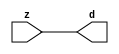

//------> /package/eda/mg/Catapult_10.3d/Mgc_home/pkgs/siflibs/mgc_in_wire_v2.v 
//------------------------------------------------------------------------------
// Catapult Synthesis - Sample I/O Port Library
//
// Copyright (c) 2003-2017 Mentor Graphics Corp.
//       All Rights Reserved
//
// This document may be used and distributed without restriction provided that
// this copyright statement is not removed from the file and that any derivative
// work contains this copyright notice.
//
// The design information contained in this file is intended to be an example
// of the functionality which the end user may study in preparation for creating
// their own custom interfaces. This design does not necessarily present a 
// complete implementation of the named protocol or standard.
//
//------------------------------------------------------------------------------


module mgc_in_wire_v2 (d, z);

  parameter integer rscid = 1;
  parameter integer width = 8;

  output [width-1:0] d;
  input  [width-1:0] z;

  wire   [width-1:0] d;

  assign d = z;

endmodule


//------> /package/eda/mg/Catapult_10.3d/Mgc_home/pkgs/siflibs/ccs_in_v1.v 
//------------------------------------------------------------------------------
// Catapult Synthesis - Sample I/O Port Library
//
// Copyright (c) 2003-2017 Mentor Graphics Corp.
//       All Rights Reserved
//
// This document may be used and distributed without restriction provided that
// this copyright statement is not removed from the file and that any derivative
// work contains this copyright notice.
//
// The design information contained in this file is intended to be an example
// of the functionality which the end user may study in preparation for creating
// their own custom interfaces. This design does not necessarily present a 
// complete implementation of the named protocol or standard.
//
//------------------------------------------------------------------------------


module ccs_in_v1 (idat, dat);

  parameter integer rscid = 1;
  parameter integer width = 8;

  output [width-1:0] idat;
  input  [width-1:0] dat;

  wire   [width-1:0] idat;

  assign idat = dat;

endmodule


//------> /package/eda/mg/Catapult_10.3d/Mgc_home/pkgs/siflibs/ccs_out_v1.v 
//------------------------------------------------------------------------------
// Catapult Synthesis - Sample I/O Port Library
//
// Copyright (c) 2003-2015 Mentor Graphics Corp.
//       All Rights Reserved
//
// This document may be used and distributed without restriction provided that
// this copyright statement is not removed from the file and that any derivative
// work contains this copyright notice.
//
// The design information contained in this file is intended to be an example
// of the functionality which the end user may study in preparation for creating
// their own custom interfaces. This design does not necessarily present a 
// complete implementation of the named protocol or standard.
//
//------------------------------------------------------------------------------

module ccs_out_v1 (dat, idat);

  parameter integer rscid = 1;
  parameter integer width = 8;

  output   [width-1:0] dat;
  input    [width-1:0] idat;

  wire     [width-1:0] dat;

  assign dat = idat;

endmodule




//------> /package/eda/mg/Catapult_10.3d/Mgc_home/pkgs/siflibs/mgc_io_sync_v2.v 
//------------------------------------------------------------------------------
// Catapult Synthesis - Sample I/O Port Library
//
// Copyright (c) 2003-2017 Mentor Graphics Corp.
//       All Rights Reserved
//
// This document may be used and distributed without restriction provided that
// this copyright statement is not removed from the file and that any derivative
// work contains this copyright notice.
//
// The design information contained in this file is intended to be an example
// of the functionality which the end user may study in preparation for creating
// their own custom interfaces. This design does not necessarily present a 
// complete implementation of the named protocol or standard.
//
//------------------------------------------------------------------------------


module mgc_io_sync_v2 (ld, lz);
    parameter valid = 0;

    input  ld;
    output lz;

    wire   lz;

    assign lz = ld;

endmodule


//------> /package/eda/mg/Catapult_10.3d/Mgc_home/pkgs/ccs_altera/hdl/M10K_DP.v 
// Memory Type:            M10K
// Operating Mode:         Simple Dual Port (2-PORT)
// Clock Mode:             Single Clock

// RTL Code RW Resolution: write-thru 
// Hardware RW Resolution: dont care 
// Catapult RW Resolution: unknown 

// HDL Work Library:       Altera_RAMS_lib
// Component Name:         M10K_DP

module M10K_DP
#(
  parameter data_width = 8,
  parameter addr_width = 7,
  parameter depth = 128 
)(
  clk, adra, adrb, wea, web, da, db, rea, reb, qa, qb
);

  input clk;                     // Rising edge clock
  input [addr_width-1:0] adra;   // Port A - Address
  input [addr_width-1:0] adrb;   // Port B - Address
  input wea;                     // Port A - Write-enable active high
  input web;                     // Port B - Write-enable active high
  input [data_width-1:0] da;     // Port A - Data In
  input [data_width-1:0] db;     // Port B - Data In
  input rea;                     // Port A - Read-enable active high
  input reb;                     // Port B - Read-enable active high
  output[data_width-1:0] qa;     // Port A - Data Out
  output[data_width-1:0] qb;     // Port B - Data Out

  reg [data_width-1:0] qa;
  reg [data_width-1:0] qb;

  (* ramstyle = "no_rw_check, M10K" *)
  reg [data_width-1:0] mem [depth-1:0]; /* synthesis syn_ramstyle = "no_rw_check, M10K" */

  always @(posedge clk) begin
    if (wea) begin
      mem[adra] <= da;
    end
    if (rea) begin
      qa <= mem[adra];
    end
  end

  always @(posedge clk) begin
    if (web) begin
      mem[adrb] <= db;
    end
    if (reb) begin
      qb <= mem[adrb] ;
    end
  end

endmodule


//------> ./rtl.v 
// ----------------------------------------------------------------------
//  HLS HDL:        Verilog Netlister
//  HLS Version:    10.3d/815731 Production Release
//  HLS Date:       Wed Apr 24 14:54:19 PDT 2019
// 
//  Generated by:   695r48@ecegrid-thin4.ecn.purdue.edu
//  Generated date: Wed Nov 10 15:44:16 2021
// ----------------------------------------------------------------------

// 
// ------------------------------------------------------------------
//  Design Unit:    fir_Altera_M10K_M10K_DP_rwport_4_16_5_32_32_16_gen
// ------------------------------------------------------------------


module fir_Altera_M10K_M10K_DP_rwport_4_16_5_32_32_16_gen (
  qb, reb, db, web, adrb, qa, rea, da, wea, adra, adra_d, wea_d, da_d, rea_d, qa_d,
      rwportA_rw_ram_ir_internal_RMASK_B_d, rwportA_rw_ram_ir_internal_WMASK_B_d
);
  input [15:0] qb;
  output reb;
  output [15:0] db;
  output web;
  output [4:0] adrb;
  input [15:0] qa;
  output rea;
  output [15:0] da;
  output wea;
  output [4:0] adra;
  input [9:0] adra_d;
  input [1:0] wea_d;
  input [31:0] da_d;
  input [1:0] rea_d;
  output [31:0] qa_d;
  input [1:0] rwportA_rw_ram_ir_internal_RMASK_B_d;
  input [1:0] rwportA_rw_ram_ir_internal_WMASK_B_d;



  // Interconnect Declarations for Component Instantiations 
  assign qa_d[31:16] = qb;
  assign reb = (rwportA_rw_ram_ir_internal_RMASK_B_d[1]);
  assign db = (da_d[31:16]);
  assign web = (rwportA_rw_ram_ir_internal_WMASK_B_d[1]);
  assign adrb = (adra_d[9:5]);
  assign qa_d[15:0] = qa;
  assign rea = (rwportA_rw_ram_ir_internal_RMASK_B_d[0]);
  assign da = (da_d[15:0]);
  assign wea = (rwportA_rw_ram_ir_internal_WMASK_B_d[0]);
  assign adra = (adra_d[4:0]);
endmodule

// ------------------------------------------------------------------
//  Design Unit:    fir_core_core_fsm
//  FSM Module
// ------------------------------------------------------------------


module fir_core_core_fsm (
  clk, rst, fsm_output, regs_vinit_C_1_tr0, MAC_C_2_tr0
);
  input clk;
  input rst;
  output [8:0] fsm_output;
  reg [8:0] fsm_output;
  input regs_vinit_C_1_tr0;
  input MAC_C_2_tr0;


  // FSM State Type Declaration for fir_core_core_fsm_1
  parameter
    core_rlp_C_0 = 4'd0,
    regs_vinit_C_0 = 4'd1,
    regs_vinit_C_1 = 4'd2,
    main_C_0 = 4'd3,
    main_C_1 = 4'd4,
    MAC_C_0 = 4'd5,
    MAC_C_1 = 4'd6,
    MAC_C_2 = 4'd7,
    main_C_2 = 4'd8;

  reg [3:0] state_var;
  reg [3:0] state_var_NS;


  // Interconnect Declarations for Component Instantiations 
  always @(*)
  begin : fir_core_core_fsm_1
    case (state_var)
      regs_vinit_C_0 : begin
        fsm_output = 9'b000000010;
        state_var_NS = regs_vinit_C_1;
      end
      regs_vinit_C_1 : begin
        fsm_output = 9'b000000100;
        if ( regs_vinit_C_1_tr0 ) begin
          state_var_NS = regs_vinit_C_0;
        end
        else begin
          state_var_NS = main_C_0;
        end
      end
      main_C_0 : begin
        fsm_output = 9'b000001000;
        state_var_NS = main_C_1;
      end
      main_C_1 : begin
        fsm_output = 9'b000010000;
        state_var_NS = MAC_C_0;
      end
      MAC_C_0 : begin
        fsm_output = 9'b000100000;
        state_var_NS = MAC_C_1;
      end
      MAC_C_1 : begin
        fsm_output = 9'b001000000;
        state_var_NS = MAC_C_2;
      end
      MAC_C_2 : begin
        fsm_output = 9'b010000000;
        if ( MAC_C_2_tr0 ) begin
          state_var_NS = main_C_2;
        end
        else begin
          state_var_NS = MAC_C_0;
        end
      end
      main_C_2 : begin
        fsm_output = 9'b100000000;
        state_var_NS = main_C_0;
      end
      // core_rlp_C_0
      default : begin
        fsm_output = 9'b000000001;
        state_var_NS = regs_vinit_C_0;
      end
    endcase
  end

  always @(posedge clk) begin
    if ( rst ) begin
      state_var <= core_rlp_C_0;
    end
    else begin
      state_var <= state_var_NS;
    end
  end

endmodule

// ------------------------------------------------------------------
//  Design Unit:    fir_core
// ------------------------------------------------------------------


module fir_core (
  clk, rst, coeffs_rsc_z, coeffs_rsc_triosy_lz, in1_rsc_dat, in1_rsc_triosy_lz, out1_rsc_dat,
      out1_rsc_triosy_lz, regs_rsci_adra_d, regs_rsci_wea_d, regs_rsci_da_d, regs_rsci_rea_d,
      regs_rsci_qa_d, regs_rsci_rwportA_rw_ram_ir_internal_RMASK_B_d, regs_rsci_rwportA_rw_ram_ir_internal_WMASK_B_d
);
  input clk;
  input rst;
  input [511:0] coeffs_rsc_z;
  output coeffs_rsc_triosy_lz;
  input [15:0] in1_rsc_dat;
  output in1_rsc_triosy_lz;
  output [15:0] out1_rsc_dat;
  output out1_rsc_triosy_lz;
  output [4:0] regs_rsci_adra_d;
  output [1:0] regs_rsci_wea_d;
  output [15:0] regs_rsci_da_d;
  output [1:0] regs_rsci_rea_d;
  input [31:0] regs_rsci_qa_d;
  output [1:0] regs_rsci_rwportA_rw_ram_ir_internal_RMASK_B_d;
  output [1:0] regs_rsci_rwportA_rw_ram_ir_internal_WMASK_B_d;


  // Interconnect Declarations
  wire [511:0] coeffs_rsci_d;
  wire [15:0] in1_rsci_idat;
  reg [15:0] out1_rsci_idat;
  wire [8:0] fsm_output;
  reg [4:0] MAC_MAC_or_itm;
  reg [5:0] MAC_i_5_0_sva_1;
  wire [6:0] nl_MAC_i_5_0_sva_1;
  reg regs_regs_nor_itm;
  reg [4:0] regs_acc_itm;
  reg reg_out1_rsc_triosy_obj_ld_cse;
  wire reg_out1_out1_and_cse;
  wire regs_and_cse;
  wire or_4_rmff;
  wire or_22_tmp;
  wire [4:0] z_out;
  wire [5:0] nl_z_out;
  reg [29:0] acc_32_3_sva;
  reg [15:0] MAC_mux_itm;
  reg [29:0] MAC_mul_itm;
  wire signed [31:0] nl_MAC_mul_itm;
  reg [4:0] MAC_i_5_0_sva_4_0;
  wire [29:0] acc_32_3_sva_2;
  wire [30:0] nl_acc_32_3_sva_2;
  wire [4:0] regs_regs_mux_cse;

  wire[4:0] mux_nl;
  wire[4:0] else_acc_nl;
  wire[5:0] nl_else_acc_nl;
  wire[0:0] and_51_nl;
  wire[0:0] not_17_nl;
  wire[4:0] MAC_MAC_or_nl;
  wire[0:0] MAC_MAC_nor_nl;
  wire[0:0] or_20_nl;

  // Interconnect Declarations for Component Instantiations 
  wire [0:0] nl_fir_core_core_fsm_inst_regs_vinit_C_1_tr0;
  assign nl_fir_core_core_fsm_inst_regs_vinit_C_1_tr0 = ~ regs_regs_nor_itm;
  wire [0:0] nl_fir_core_core_fsm_inst_MAC_C_2_tr0;
  assign nl_fir_core_core_fsm_inst_MAC_C_2_tr0 = MAC_i_5_0_sva_1[5];
  mgc_in_wire_v2 #(.rscid(32'sd1),
  .width(32'sd512)) coeffs_rsci (
      .d(coeffs_rsci_d),
      .z(coeffs_rsc_z)
    );
  ccs_in_v1 #(.rscid(32'sd2),
  .width(32'sd16)) in1_rsci (
      .dat(in1_rsc_dat),
      .idat(in1_rsci_idat)
    );
  ccs_out_v1 #(.rscid(32'sd3),
  .width(32'sd16)) out1_rsci (
      .idat(out1_rsci_idat),
      .dat(out1_rsc_dat)
    );
  mgc_io_sync_v2 #(.valid(32'sd0)) coeffs_rsc_triosy_obj (
      .ld(reg_out1_rsc_triosy_obj_ld_cse),
      .lz(coeffs_rsc_triosy_lz)
    );
  mgc_io_sync_v2 #(.valid(32'sd0)) in1_rsc_triosy_obj (
      .ld(reg_out1_rsc_triosy_obj_ld_cse),
      .lz(in1_rsc_triosy_lz)
    );
  mgc_io_sync_v2 #(.valid(32'sd0)) out1_rsc_triosy_obj (
      .ld(reg_out1_rsc_triosy_obj_ld_cse),
      .lz(out1_rsc_triosy_lz)
    );
  fir_core_core_fsm fir_core_core_fsm_inst (
      .clk(clk),
      .rst(rst),
      .fsm_output(fsm_output),
      .regs_vinit_C_1_tr0(nl_fir_core_core_fsm_inst_regs_vinit_C_1_tr0[0:0]),
      .MAC_C_2_tr0(nl_fir_core_core_fsm_inst_MAC_C_2_tr0[0:0])
    );
  assign reg_out1_out1_and_cse = (MAC_i_5_0_sva_1[5]) & (fsm_output[7]);
  assign or_4_rmff = (fsm_output[3]) | (fsm_output[1]);
  assign regs_and_cse = (fsm_output[2]) & regs_regs_nor_itm;
  assign or_22_tmp = regs_and_cse | ((regs_acc_itm==5'b11111) & (fsm_output[8]));
  assign nl_acc_32_3_sva_2 = acc_32_3_sva + MAC_mul_itm;
  assign acc_32_3_sva_2 = nl_acc_32_3_sva_2[29:0];
  assign regs_rsci_wea_d = {1'b0 , or_4_rmff};
  assign regs_rsci_rea_d = {1'b0 , (fsm_output[5])};
  assign regs_rsci_rwportA_rw_ram_ir_internal_RMASK_B_d = {1'b0 , (fsm_output[5])};
  assign regs_rsci_rwportA_rw_ram_ir_internal_WMASK_B_d = {1'b0 , or_4_rmff};
  assign regs_regs_mux_cse = MUX_v_5_2_2(regs_acc_itm, MAC_MAC_or_itm, fsm_output[5]);
  assign regs_rsci_adra_d = regs_regs_mux_cse;
  assign regs_rsci_da_d = MUX_v_16_2_2(16'b0000000000000000, in1_rsci_idat, (fsm_output[3]));
  always @(posedge clk) begin
    if ( rst ) begin
      reg_out1_rsc_triosy_obj_ld_cse <= 1'b0;
      regs_regs_nor_itm <= 1'b0;
      MAC_i_5_0_sva_4_0 <= 5'b00000;
      MAC_MAC_or_itm <= 5'b00000;
      MAC_mux_itm <= 16'b0000000000000000;
      MAC_mul_itm <= 30'b000000000000000000000000000000;
    end
    else begin
      reg_out1_rsc_triosy_obj_ld_cse <= reg_out1_out1_and_cse;
      regs_regs_nor_itm <= ~((regs_acc_itm!=5'b00000));
      MAC_i_5_0_sva_4_0 <= MUX_v_5_2_2(5'b00000, (MAC_i_5_0_sva_1[4:0]), (fsm_output[7]));
      MAC_MAC_or_itm <= MUX1HOT_v_5_3_2(regs_acc_itm, (MAC_MAC_or_nl), MAC_MAC_or_itm,
          {(fsm_output[4]) , (fsm_output[5]) , (or_20_nl)});
      MAC_mux_itm <= MUX_v_16_32_2((coeffs_rsci_d[15:0]), (coeffs_rsci_d[31:16]),
          (coeffs_rsci_d[47:32]), (coeffs_rsci_d[63:48]), (coeffs_rsci_d[79:64]),
          (coeffs_rsci_d[95:80]), (coeffs_rsci_d[111:96]), (coeffs_rsci_d[127:112]),
          (coeffs_rsci_d[143:128]), (coeffs_rsci_d[159:144]), (coeffs_rsci_d[175:160]),
          (coeffs_rsci_d[191:176]), (coeffs_rsci_d[207:192]), (coeffs_rsci_d[223:208]),
          (coeffs_rsci_d[239:224]), (coeffs_rsci_d[255:240]), (coeffs_rsci_d[271:256]),
          (coeffs_rsci_d[287:272]), (coeffs_rsci_d[303:288]), (coeffs_rsci_d[319:304]),
          (coeffs_rsci_d[335:320]), (coeffs_rsci_d[351:336]), (coeffs_rsci_d[367:352]),
          (coeffs_rsci_d[383:368]), (coeffs_rsci_d[399:384]), (coeffs_rsci_d[415:400]),
          (coeffs_rsci_d[431:416]), (coeffs_rsci_d[447:432]), (coeffs_rsci_d[463:448]),
          (coeffs_rsci_d[479:464]), (coeffs_rsci_d[495:480]), (coeffs_rsci_d[511:496]),
          MAC_i_5_0_sva_4_0);
      MAC_mul_itm <= nl_MAC_mul_itm[29:0];
    end
  end
  always @(posedge clk) begin
    if ( rst ) begin
      out1_rsci_idat <= 16'b0000000000000000;
    end
    else if ( reg_out1_out1_and_cse ) begin
      out1_rsci_idat <= acc_32_3_sva_2[29:14];
    end
  end
  always @(posedge clk) begin
    if ( rst ) begin
      regs_acc_itm <= 5'b11111;
    end
    else if ( regs_and_cse | (fsm_output[1]) | (fsm_output[8]) ) begin
      regs_acc_itm <= MUX_v_5_2_2(5'b00000, (mux_nl), (not_17_nl));
    end
  end
  always @(posedge clk) begin
    if ( rst ) begin
      acc_32_3_sva <= 30'b000000000000000000000000000000;
    end
    else if ( (fsm_output[7]) | (fsm_output[4]) ) begin
      acc_32_3_sva <= MUX_v_30_2_2(30'b000000000000000000000000000000, acc_32_3_sva_2,
          (fsm_output[7]));
    end
  end
  always @(posedge clk) begin
    if ( rst ) begin
      MAC_i_5_0_sva_1 <= 6'b000000;
    end
    else if ( fsm_output[5] ) begin
      MAC_i_5_0_sva_1 <= nl_MAC_i_5_0_sva_1[5:0];
    end
  end
  assign MAC_MAC_nor_nl = ~((MAC_MAC_or_itm!=5'b00000));
  assign MAC_MAC_or_nl = MUX_v_5_2_2(z_out, 5'b11111, (MAC_MAC_nor_nl));
  assign or_20_nl = (fsm_output[7:6]!=2'b00);
  assign nl_MAC_mul_itm  = $signed((regs_rsci_qa_d[15:0])) * $signed(MAC_mux_itm);
  assign nl_else_acc_nl = regs_acc_itm + 5'b00001;
  assign else_acc_nl = nl_else_acc_nl[4:0];
  assign and_51_nl = (fsm_output[8]) & (~ or_22_tmp);
  assign mux_nl = MUX_v_5_2_2(z_out, (else_acc_nl), and_51_nl);
  assign not_17_nl = ~ or_22_tmp;
  assign nl_MAC_i_5_0_sva_1  = conv_u2s_5_6(MAC_i_5_0_sva_4_0) + 6'b000001;
  assign nl_z_out = regs_regs_mux_cse + 5'b11111;
  assign z_out = nl_z_out[4:0];

  function automatic [4:0] MUX1HOT_v_5_3_2;
    input [4:0] input_2;
    input [4:0] input_1;
    input [4:0] input_0;
    input [2:0] sel;
    reg [4:0] result;
  begin
    result = input_0 & {5{sel[0]}};
    result = result | ( input_1 & {5{sel[1]}});
    result = result | ( input_2 & {5{sel[2]}});
    MUX1HOT_v_5_3_2 = result;
  end
  endfunction


  function automatic [15:0] MUX_v_16_2_2;
    input [15:0] input_0;
    input [15:0] input_1;
    input [0:0] sel;
    reg [15:0] result;
  begin
    case (sel)
      1'b0 : begin
        result = input_0;
      end
      default : begin
        result = input_1;
      end
    endcase
    MUX_v_16_2_2 = result;
  end
  endfunction


  function automatic [15:0] MUX_v_16_32_2;
    input [15:0] input_0;
    input [15:0] input_1;
    input [15:0] input_2;
    input [15:0] input_3;
    input [15:0] input_4;
    input [15:0] input_5;
    input [15:0] input_6;
    input [15:0] input_7;
    input [15:0] input_8;
    input [15:0] input_9;
    input [15:0] input_10;
    input [15:0] input_11;
    input [15:0] input_12;
    input [15:0] input_13;
    input [15:0] input_14;
    input [15:0] input_15;
    input [15:0] input_16;
    input [15:0] input_17;
    input [15:0] input_18;
    input [15:0] input_19;
    input [15:0] input_20;
    input [15:0] input_21;
    input [15:0] input_22;
    input [15:0] input_23;
    input [15:0] input_24;
    input [15:0] input_25;
    input [15:0] input_26;
    input [15:0] input_27;
    input [15:0] input_28;
    input [15:0] input_29;
    input [15:0] input_30;
    input [15:0] input_31;
    input [4:0] sel;
    reg [15:0] result;
  begin
    case (sel)
      5'b00000 : begin
        result = input_0;
      end
      5'b00001 : begin
        result = input_1;
      end
      5'b00010 : begin
        result = input_2;
      end
      5'b00011 : begin
        result = input_3;
      end
      5'b00100 : begin
        result = input_4;
      end
      5'b00101 : begin
        result = input_5;
      end
      5'b00110 : begin
        result = input_6;
      end
      5'b00111 : begin
        result = input_7;
      end
      5'b01000 : begin
        result = input_8;
      end
      5'b01001 : begin
        result = input_9;
      end
      5'b01010 : begin
        result = input_10;
      end
      5'b01011 : begin
        result = input_11;
      end
      5'b01100 : begin
        result = input_12;
      end
      5'b01101 : begin
        result = input_13;
      end
      5'b01110 : begin
        result = input_14;
      end
      5'b01111 : begin
        result = input_15;
      end
      5'b10000 : begin
        result = input_16;
      end
      5'b10001 : begin
        result = input_17;
      end
      5'b10010 : begin
        result = input_18;
      end
      5'b10011 : begin
        result = input_19;
      end
      5'b10100 : begin
        result = input_20;
      end
      5'b10101 : begin
        result = input_21;
      end
      5'b10110 : begin
        result = input_22;
      end
      5'b10111 : begin
        result = input_23;
      end
      5'b11000 : begin
        result = input_24;
      end
      5'b11001 : begin
        result = input_25;
      end
      5'b11010 : begin
        result = input_26;
      end
      5'b11011 : begin
        result = input_27;
      end
      5'b11100 : begin
        result = input_28;
      end
      5'b11101 : begin
        result = input_29;
      end
      5'b11110 : begin
        result = input_30;
      end
      default : begin
        result = input_31;
      end
    endcase
    MUX_v_16_32_2 = result;
  end
  endfunction


  function automatic [29:0] MUX_v_30_2_2;
    input [29:0] input_0;
    input [29:0] input_1;
    input [0:0] sel;
    reg [29:0] result;
  begin
    case (sel)
      1'b0 : begin
        result = input_0;
      end
      default : begin
        result = input_1;
      end
    endcase
    MUX_v_30_2_2 = result;
  end
  endfunction


  function automatic [4:0] MUX_v_5_2_2;
    input [4:0] input_0;
    input [4:0] input_1;
    input [0:0] sel;
    reg [4:0] result;
  begin
    case (sel)
      1'b0 : begin
        result = input_0;
      end
      default : begin
        result = input_1;
      end
    endcase
    MUX_v_5_2_2 = result;
  end
  endfunction


  function automatic [5:0] conv_u2s_5_6 ;
    input [4:0]  vector ;
  begin
    conv_u2s_5_6 =  {1'b0, vector};
  end
  endfunction

endmodule

// ------------------------------------------------------------------
//  Design Unit:    fir
// ------------------------------------------------------------------


module fir (
  clk, rst, coeffs_rsc_z, coeffs_rsc_triosy_lz, in1_rsc_dat, in1_rsc_triosy_lz, out1_rsc_dat,
      out1_rsc_triosy_lz
);
  input clk;
  input rst;
  input [511:0] coeffs_rsc_z;
  output coeffs_rsc_triosy_lz;
  input [15:0] in1_rsc_dat;
  output in1_rsc_triosy_lz;
  output [15:0] out1_rsc_dat;
  output out1_rsc_triosy_lz;


  // Interconnect Declarations
  wire [4:0] regs_rsci_adra_d;
  wire [1:0] regs_rsci_wea_d;
  wire [15:0] regs_rsci_da_d;
  wire [1:0] regs_rsci_rea_d;
  wire [31:0] regs_rsci_qa_d;
  wire [1:0] regs_rsci_rwportA_rw_ram_ir_internal_RMASK_B_d;
  wire [1:0] regs_rsci_rwportA_rw_ram_ir_internal_WMASK_B_d;
  wire [15:0] regs_rsc_qb;
  wire regs_rsc_reb;
  wire [15:0] regs_rsc_db;
  wire regs_rsc_web;
  wire [4:0] regs_rsc_adrb;
  wire [15:0] regs_rsc_qa;
  wire regs_rsc_rea;
  wire [15:0] regs_rsc_da;
  wire regs_rsc_wea;
  wire [4:0] regs_rsc_adra;


  // Interconnect Declarations for Component Instantiations 
  wire [9:0] nl_regs_rsci_adra_d;
  assign nl_regs_rsci_adra_d = {5'b00000 , regs_rsci_adra_d};
  wire [31:0] nl_regs_rsci_da_d;
  assign nl_regs_rsci_da_d = {16'b0000000000000000 , regs_rsci_da_d};
  M10K_DP #(.data_width(32'sd16),
  .addr_width(32'sd5),
  .depth(32'sd32)) regs_rsc_comp (
      .clk(clk),
      .adra(regs_rsc_adra),
      .adrb(regs_rsc_adrb),
      .wea(regs_rsc_wea),
      .web(regs_rsc_web),
      .da(regs_rsc_da),
      .db(regs_rsc_db),
      .rea(regs_rsc_rea),
      .reb(regs_rsc_reb),
      .qa(regs_rsc_qa),
      .qb(regs_rsc_qb)
    );
  fir_Altera_M10K_M10K_DP_rwport_4_16_5_32_32_16_gen regs_rsci (
      .qb(regs_rsc_qb),
      .reb(regs_rsc_reb),
      .db(regs_rsc_db),
      .web(regs_rsc_web),
      .adrb(regs_rsc_adrb),
      .qa(regs_rsc_qa),
      .rea(regs_rsc_rea),
      .da(regs_rsc_da),
      .wea(regs_rsc_wea),
      .adra(regs_rsc_adra),
      .adra_d(nl_regs_rsci_adra_d[9:0]),
      .wea_d(regs_rsci_wea_d),
      .da_d(nl_regs_rsci_da_d[31:0]),
      .rea_d(regs_rsci_rea_d),
      .qa_d(regs_rsci_qa_d),
      .rwportA_rw_ram_ir_internal_RMASK_B_d(regs_rsci_rwportA_rw_ram_ir_internal_RMASK_B_d),
      .rwportA_rw_ram_ir_internal_WMASK_B_d(regs_rsci_rwportA_rw_ram_ir_internal_WMASK_B_d)
    );
  fir_core fir_core_inst (
      .clk(clk),
      .rst(rst),
      .coeffs_rsc_z(coeffs_rsc_z),
      .coeffs_rsc_triosy_lz(coeffs_rsc_triosy_lz),
      .in1_rsc_dat(in1_rsc_dat),
      .in1_rsc_triosy_lz(in1_rsc_triosy_lz),
      .out1_rsc_dat(out1_rsc_dat),
      .out1_rsc_triosy_lz(out1_rsc_triosy_lz),
      .regs_rsci_adra_d(regs_rsci_adra_d),
      .regs_rsci_wea_d(regs_rsci_wea_d),
      .regs_rsci_da_d(regs_rsci_da_d),
      .regs_rsci_rea_d(regs_rsci_rea_d),
      .regs_rsci_qa_d(regs_rsci_qa_d),
      .regs_rsci_rwportA_rw_ram_ir_internal_RMASK_B_d(regs_rsci_rwportA_rw_ram_ir_internal_RMASK_B_d),
      .regs_rsci_rwportA_rw_ram_ir_internal_WMASK_B_d(regs_rsci_rwportA_rw_ram_ir_internal_WMASK_B_d)
    );
endmodule